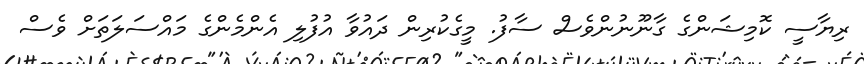
ރިޔާސީ ކޮމިޝަންގެ ގާނޫނުންވެސް ސާފު. މީގެކުރިން ދައުވާ އުފުލި އެންމެންގެ މައްސަލަތަށް ވެސް